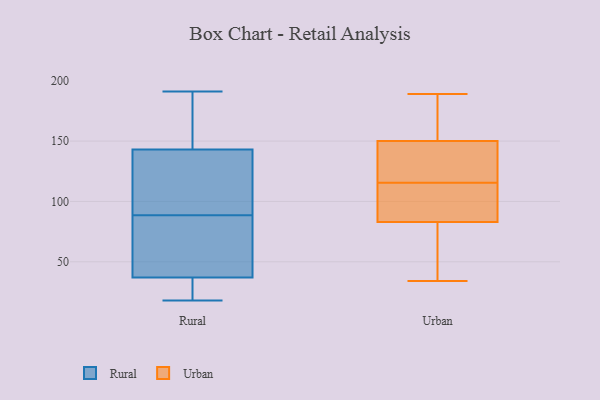
{"axis": {"x": "Temperature (°C)", "y": "Value"}, "legend": ["Rural", "Urban"], "data": [{"x": "", "y": 83, "type": "Rural"}, {"x": "", "y": 178, "type": "Rural"}, {"x": "", "y": 58, "type": "Rural"}, {"x": "", "y": 20, "type": "Rural"}, {"x": "", "y": 113, "type": "Rural"}, {"x": "", "y": 143, "type": "Rural"}, {"x": "", "y": 156, "type": "Rural"}, {"x": "", "y": 76, "type": "Rural"}, {"x": "", "y": 94, "type": "Rural"}, {"x": "", "y": 126, "type": "Rural"}, {"x": "", "y": 191, "type": "Rural"}, {"x": "", "y": 155, "type": "Rural"}, {"x": "", "y": 18, "type": "Rural"}, {"x": "", "y": 68, "type": "Rural"}, {"x": "", "y": 37, "type": "Rural"}, {"x": "", "y": 115, "type": "Rural"}, {"x": "", "y": 19, "type": "Rural"}, {"x": "", "y": 37, "type": "Rural"}, {"x": "", "y": 34, "type": "Urban"}, {"x": "", "y": 126, "type": "Urban"}, {"x": "", "y": 173, "type": "Urban"}, {"x": "", "y": 142, "type": "Urban"}, {"x": "", "y": 165, "type": "Urban"}, {"x": "", "y": 49, "type": "Urban"}, {"x": "", "y": 102, "type": "Urban"}, {"x": "", "y": 94, "type": "Urban"}, {"x": "", "y": 151, "type": "Urban"}, {"x": "", "y": 72, "type": "Urban"}, {"x": "", "y": 118, "type": "Urban"}, {"x": "", "y": 189, "type": "Urban"}, {"x": "", "y": 96, "type": "Urban"}, {"x": "", "y": 113, "type": "Urban"}, {"x": "", "y": 149, "type": "Urban"}, {"x": "", "y": 67, "type": "Urban"}]}